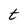
Character: t